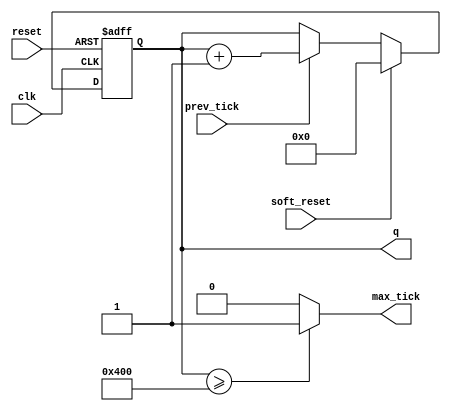
`timescale 1ns / 1ps
//////////////////////////////////////////////////////////////////////////////////
// Company: 
// Engineer: 
// 
// Design Name: 
// Module Name:    contador_digito 
// Project Name: 
// Target Devices: 
// Tool versions: 
// Description: 
//
// Dependencies: 
//
// Revision: 
// Revision 0.01 - File Created
// Additional Comments: 
//
//////////////////////////////////////////////////////////////////////////////////
module contador_digito
	#(parameter N=20)
	(
    input clk,
    input reset,
	 input soft_reset,
    input prev_tick,
    output max_tick,
    output [N-1:0] q
    );

//signal declaration
reg [N-1:0] r_reg;
wire [N-1:0] r_next;

// register
always @(posedge clk, posedge reset)
	if (reset)
		r_reg <= 0; // {N{1b'0}}
	else if (soft_reset)
		r_reg <= 0;
	else
		r_reg <= r_next;

// next - state logic
assign r_next = (prev_tick)? (r_reg + 1'b1) : r_reg;
//assign r_next = (prev_tick==1'b1)? 1'b0 : 1'b0;

// output logic
assign q = r_reg;
assign max_tick = (r_reg >= 2**10) ? 1'b1 : 1'b0;
endmodule